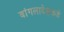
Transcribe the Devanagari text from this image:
बांगलादेशकडे